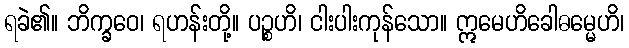
ရခဲ၏။ ဘိက္ခဝေ၊ ရဟန်းတို့။ ပဉ္စဟိ၊ ငါးပါးကုန်သော။ ဣမေဟိခေါဓမ္မေဟိ၊